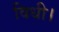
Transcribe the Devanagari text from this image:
विधी।